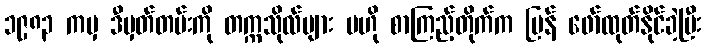
၁၉၈၃ ကမှ ဒီမှတ်တမ်းကို တက္ကသိုလ်များ ဗဟို စာကြည့်တိုက်က ပြန် ဖော်ထုတ်နိုင်ခဲ့ပြီး